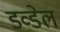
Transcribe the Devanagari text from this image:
डव्डेल